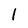
Character: l